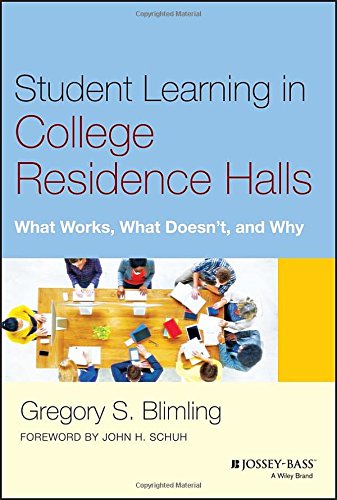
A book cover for Student Learning in College Residence Halls: What Works, What Doesn't, and Why; Gregory S. Blimling; Education & Teaching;